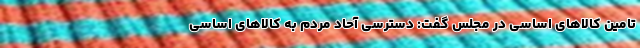
تامین کالاهای اساسی در مجلس گفت: دسترسی آحاد مردم به کالاهای اساسی